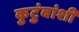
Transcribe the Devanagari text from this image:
कुटुंबांशी